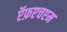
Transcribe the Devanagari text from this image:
ऍफ़एचएम